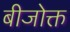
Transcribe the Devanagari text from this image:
बीजोक्त